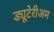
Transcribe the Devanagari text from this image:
ड्यूटेरीअम